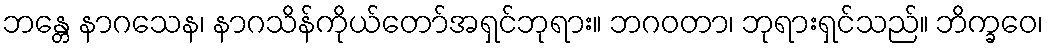
ဘန္တေ နာဂသေန၊ နာဂသိန်ကိုယ်တော်အရှင်ဘုရား။ ဘဂဝတာ၊ ဘုရားရှင်သည်။ ဘိက္ခဝေ၊